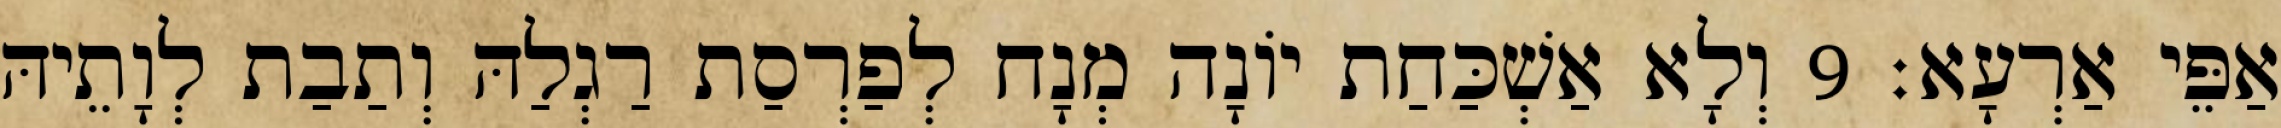
אַפֵּי אַרְעָא׃ 9 וְלָא אַשְׁכַּחַת יוֹנָה מְנָח לְפַרְסַת רַגְלַהּ וְתַבַת לְוָתֵיהּ